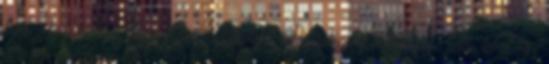
különféle inkarnációkban manifesztálódhat. Az istenség lényegisége jelen lehet egy